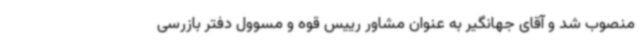
منصوب شد و آقای جهانگیر به عنوان مشاور رییس قوه و مسوول دفتر بازرسی